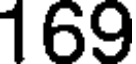
169